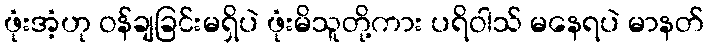
ဖုံးအံ့ဟု ဝန်ချခြင်းမရှိပဲ ဖုံးမိသူတို့ကား ပရိဝါသ် မနေရပဲ မာနတ်